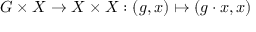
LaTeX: G \times X \rightarrow X \times X : ( g , x ) \mapsto ( g \cdot x , x )